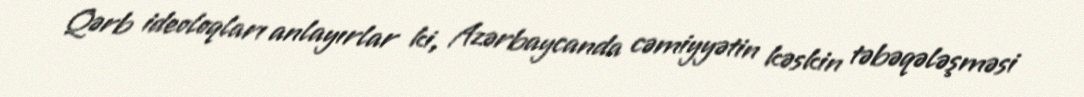
Qərb ideoloqları anlayırlar ki, Azərbaycanda cəmiyyətin kəskin təbəqələşməsi